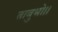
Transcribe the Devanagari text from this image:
ताबुभो।।